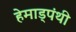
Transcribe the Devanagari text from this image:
हेमाड्पंथी